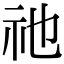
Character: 祂